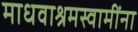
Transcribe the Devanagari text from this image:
माधवाश्रमस्वामींना